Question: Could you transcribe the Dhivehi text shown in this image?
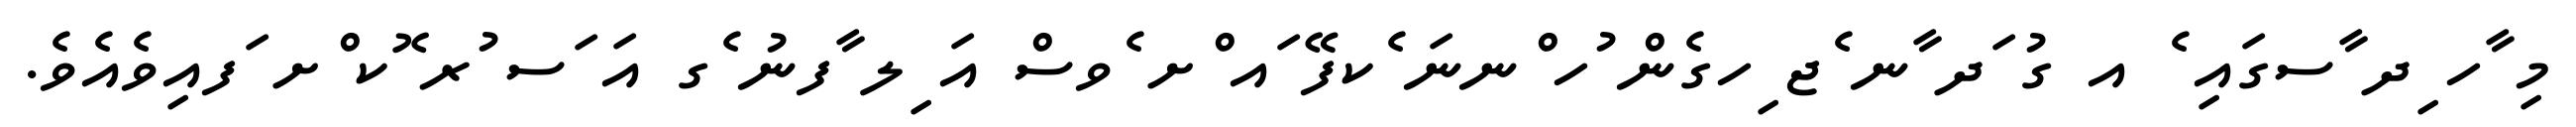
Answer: މި ާހ ިދ ާސގައި ެ އ ގު ަދ ާނ ެޖ ިހގެން ުހ ްނނަ ެކފޭ ައ ްށ ެވސް އަ ިލ ާފނު ެގ އަ ަސ ުރ ޮކ ްށ ަފއިވެއެވެ.